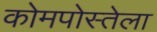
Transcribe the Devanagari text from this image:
कोमपोस्तेला